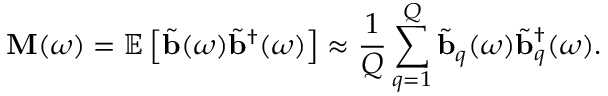
\mathbf { M } ( \omega ) = \mathbb { E } \left[ \tilde { \mathbf { b } } ( \omega ) \tilde { \mathbf { b } } ^ { \dagger } ( \omega ) \right] \approx \frac { 1 } { Q } \sum _ { q = 1 } ^ { Q } \tilde { \mathbf { b } } _ { q } ( \omega ) \tilde { \mathbf { b } } _ { q } ^ { \dagger } ( \omega ) .